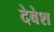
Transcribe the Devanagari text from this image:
देबेश